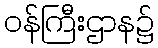
ဝန်ကြီးဌာန၌